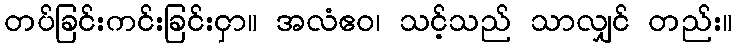
တပ်ခြင်းကင်းခြင်းငှာ။ အလံဧဝ၊ သင့်သည် သာလျှင် တည်း။